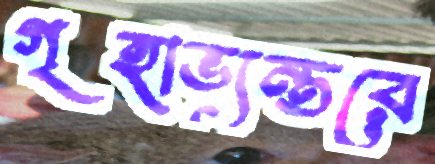
গৃহাভ্যন্তরে